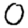
Digit: 0